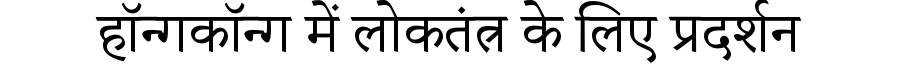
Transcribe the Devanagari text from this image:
हॉन्गकॉन्ग में लोकतंत्र के लिए प्रदर्शन